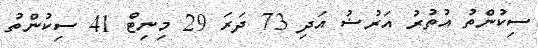
ސިކުންތު އުތުރު އަރުޟު އަދި 73 ދަރަ 29 މިނިޓް 41 ސިކުންތު